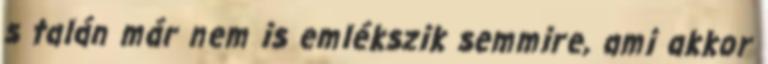
s talán már nem is emlékszik semmire, ami akkor